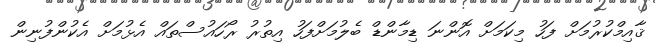
ޤާއިމްކުރުމަށް ފަހު މިކަމަށް އޮންނަ ޑިމާންޑް ބެލުމަށްފަހު އިތުރު ރޯހައުސްތައް އެޅުމަށް އެކުންފުނިން